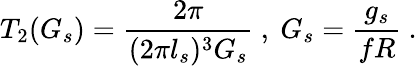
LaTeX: T_{2}(G_{s})=\frac{2\pi}{(2\pi l_{s})^{3}G_{s}}\ ,\ G_{s}=\frac{g_{s}}{fR}\ .